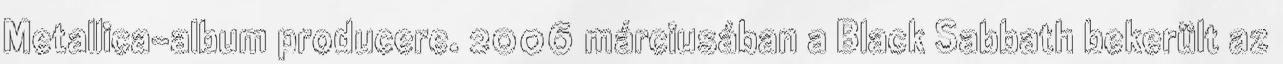
Metallica-album producere. 2006 márciusában a Black Sabbath bekerült az